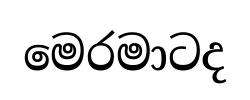
මෙරමාටද